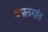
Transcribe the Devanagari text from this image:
थपलगांव